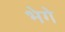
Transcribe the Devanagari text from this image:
भेगे